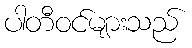
ပါတီဝင်များသည်